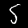
Digit: 5